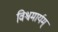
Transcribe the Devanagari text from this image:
विश्वमार्यम्‌